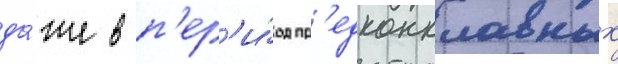
да́же в п'ер'и́од пр'едконклавных